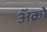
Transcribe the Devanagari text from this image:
अॅक्रो